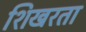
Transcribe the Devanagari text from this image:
शिखरता